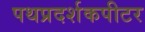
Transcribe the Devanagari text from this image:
पथप्रदर्शकपीटर